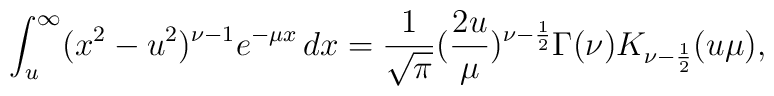
\int_{u}^{\infty}(x^{2}-u^{2})^{\nu-1}e^{-\mu x} \,dx=\frac{1}{\sqrt{\pi}}(\frac{2u}{\mu})^{\nu-\frac{1}{2}}\Gamma(\nu)K_{\nu-\frac{1}{2}}(u\mu),